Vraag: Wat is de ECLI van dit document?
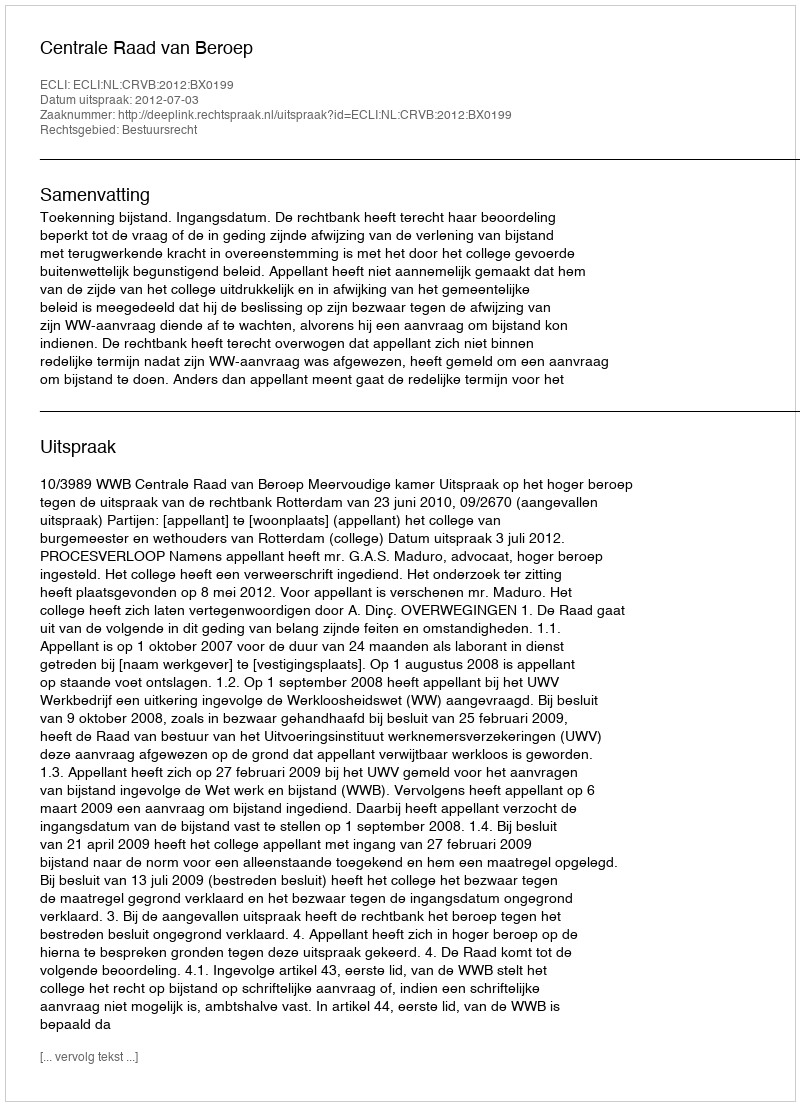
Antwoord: ECLI:NL:CRVB:2012:BX0199